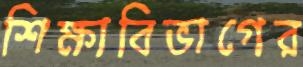
শিক্ষাবিভাগের